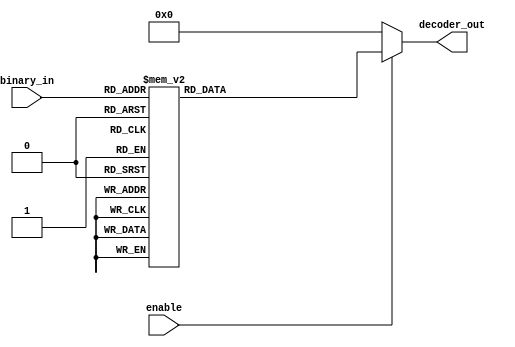
//-----------------------------------------------------
// Design Name : decoder_using_case
// Function    : decoder using case
// Coder       : Deepak Kumar Tala
//-----------------------------------------------------
module decoder_using_case (
binary_in   , //  4 bit binary input
decoder_out , //  16-bit  out
enable        //  Enable for the decoder
);
input [3:0] binary_in  ;
input  enable ;
output [15:0] decoder_out ;

reg [15:0] decoder_out ;

always @ (enable or binary_in)
begin
  decoder_out = 0;
  if (enable) begin
    case (binary_in)
      4'h0 : decoder_out = 16'h0001;
      4'h1 : decoder_out = 16'h0002;
      4'h2 : decoder_out = 16'h0004;
      4'h3 : decoder_out = 16'h0008;
      4'h4 : decoder_out = 16'h0010;
      4'h5 : decoder_out = 16'h0020;
      4'h6 : decoder_out = 16'h0040;
      4'h7 : decoder_out = 16'h0080;
      4'h8 : decoder_out = 16'h0100;
      4'h9 : decoder_out = 16'h0200;
      4'hA : decoder_out = 16'h0400;
      4'hB : decoder_out = 16'h0800;
      4'hC : decoder_out = 16'h1000;
      4'hD : decoder_out = 16'h2000;
      4'hE : decoder_out = 16'h4000;
      4'hF : decoder_out = 16'h8000;
    endcase
  end
end

endmodule